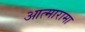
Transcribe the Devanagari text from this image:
आत्मारामा